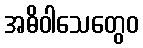
အဓိဝါသေတွေဝ